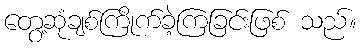
တွေ့ဆုံချစ်ကြိုက်ခဲ့ကြခြင်းဖြစ် သည်။